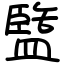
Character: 盬